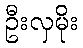
ဦးလှမိုး